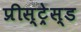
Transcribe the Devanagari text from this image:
प्रीस्ट्रेस्ड